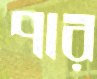
পার